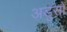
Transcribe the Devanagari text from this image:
अडुसो